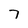
Character: 7